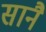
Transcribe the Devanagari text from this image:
सानै